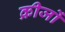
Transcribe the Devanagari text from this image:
क्रीजों